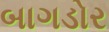
બાગડોર